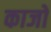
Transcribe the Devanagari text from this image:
काजो